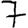
Digit: 7